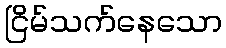
ငြိမ်သက်နေသော